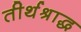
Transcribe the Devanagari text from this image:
तीर्थश्राद्ध